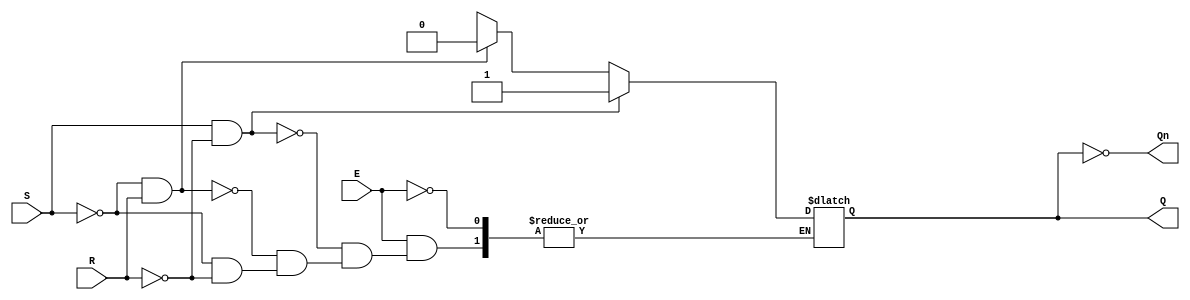
module GatedSRLatch (
    input wire S,       // Set input
    input wire R,       // Reset input
    input wire E,       // Enable input
    output reg Q,       // Output Q
    output wire Qn      // Complement of Q
);

    // Complement of Q
    assign Qn = ~Q;

    always @(S, R, E) begin
        if (E) begin
            if (S && ~R) begin
                Q <= 1; // Set
            end else if (~S && R) begin
                Q <= 0; // Reset
            end else if (~S && ~R) begin
                // Hold state: do nothing, keep previous value of Q
            end else begin
                // Both S and R high (invalid state)
                Q <= 1'bx; // Indeterminate state, can be handled according to design needs.
            end
        end
        // When E is low, hold state: Q retains its previous value (implicitly handled)
    end

endmodule